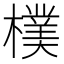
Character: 𣝢